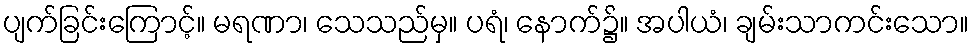
ပျက်ခြင်းကြောင့်။ မရဏာ၊ သေသည်မှ။ ပရံ၊ နောက်၌။ အပါယံ၊ ချမ်းသာကင်းသော။